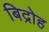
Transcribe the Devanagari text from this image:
बिद्रोह